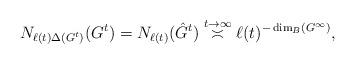
LaTeX: \begin{align*} N_{\ell(t)\Delta(G^t)}(G^t) = N_{\ell(t)}(\hat{G}^t) \overset{t \to \infty}{\asymp} \ell(t)^{-\dim_B (G^\infty)},\end{align*}